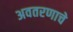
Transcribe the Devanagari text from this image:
अवतरणाचे